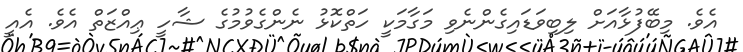
އެވެ. މިބޭފުޅާއަށް ލިބިވަޑައިގެންނެވި މަގާމަކީ ހަތްކޮޅު ނެންގެވުމުގެ ޝާހީ ޢިއްޒަތް އެވެ. އެއީ